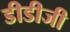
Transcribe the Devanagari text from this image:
डीडीजी